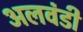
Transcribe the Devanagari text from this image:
अलवंडी